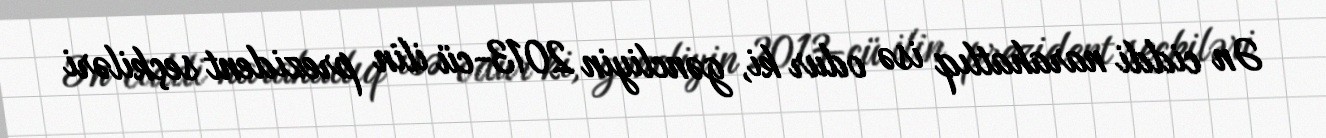
Ən ciddi narahatlıq isə odur ki, gəncliyin 2013-cü ilin prezident seçkiləri